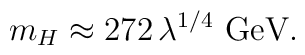
m_{H} \approx 272 \, \lambda ^{1/4} \ \mbox{GeV}.